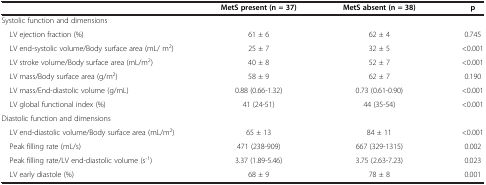
<table><thead><tr><td><b> </b></td><td><b>MetS present (n = 37)</b></td><td><b>MetS absent (n = 38)</b></td><td><b>p</b></td></tr></thead><tbody><tr><td colspan="4">Systolic function and dimensions</td></tr><tr><td> LV ejection fraction (%)</td><td>61 ± 6</td><td>62 ± 4</td><td>0.745</td></tr><tr><td> LV end-systolic volume/Body surface area (mL/ m<sup>2</sup>)</td><td>25 ± 7</td><td>32 ± 5</td><td>&lt;0.001</td></tr><tr><td> LV stroke volume/Body surface area (mL/m<sup>2</sup>)</td><td>40 ± 8</td><td>52 ± 7</td><td>&lt;0.001</td></tr><tr><td> LV mass/Body surface area (g/m<sup>2</sup>)</td><td>58 ± 9</td><td>62 ± 7</td><td>0.190</td></tr><tr><td> LV mass/End-diastolic volume (g/mL)</td><td>0.88 (0.66-1.32)</td><td>0.73 (0.61-0.90)</td><td>&lt;0.001</td></tr><tr><td> LV global functional index (%)</td><td>41 (24-51)</td><td>44 (35-54)</td><td>&lt;0.001</td></tr><tr><td colspan="4">Diastolic function and dimensions</td></tr><tr><td> LV end-diastolic volume/Body surface area (mL/m<sup>2</sup>)</td><td>65 ± 13</td><td>84 ± 11</td><td>&lt;0.001</td></tr><tr><td> Peak filling rate (mL/s)</td><td>471 (238-909)</td><td>667 (329-1315)</td><td>0.002</td></tr><tr><td> Peak filling rate/LV end-diastolic volume (s<sup>-1</sup>)</td><td>3.37 (1.89-5.46)</td><td>3.75 (2.63-7.23)</td><td>0.023</td></tr><tr><td> LV early diastole (%)</td><td>68 ± 9</td><td>78 ± 8</td><td>0.001</td></tr></tbody></table>